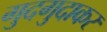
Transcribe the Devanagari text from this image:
गुदगुदाकर